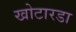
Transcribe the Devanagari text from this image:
खोटारडा